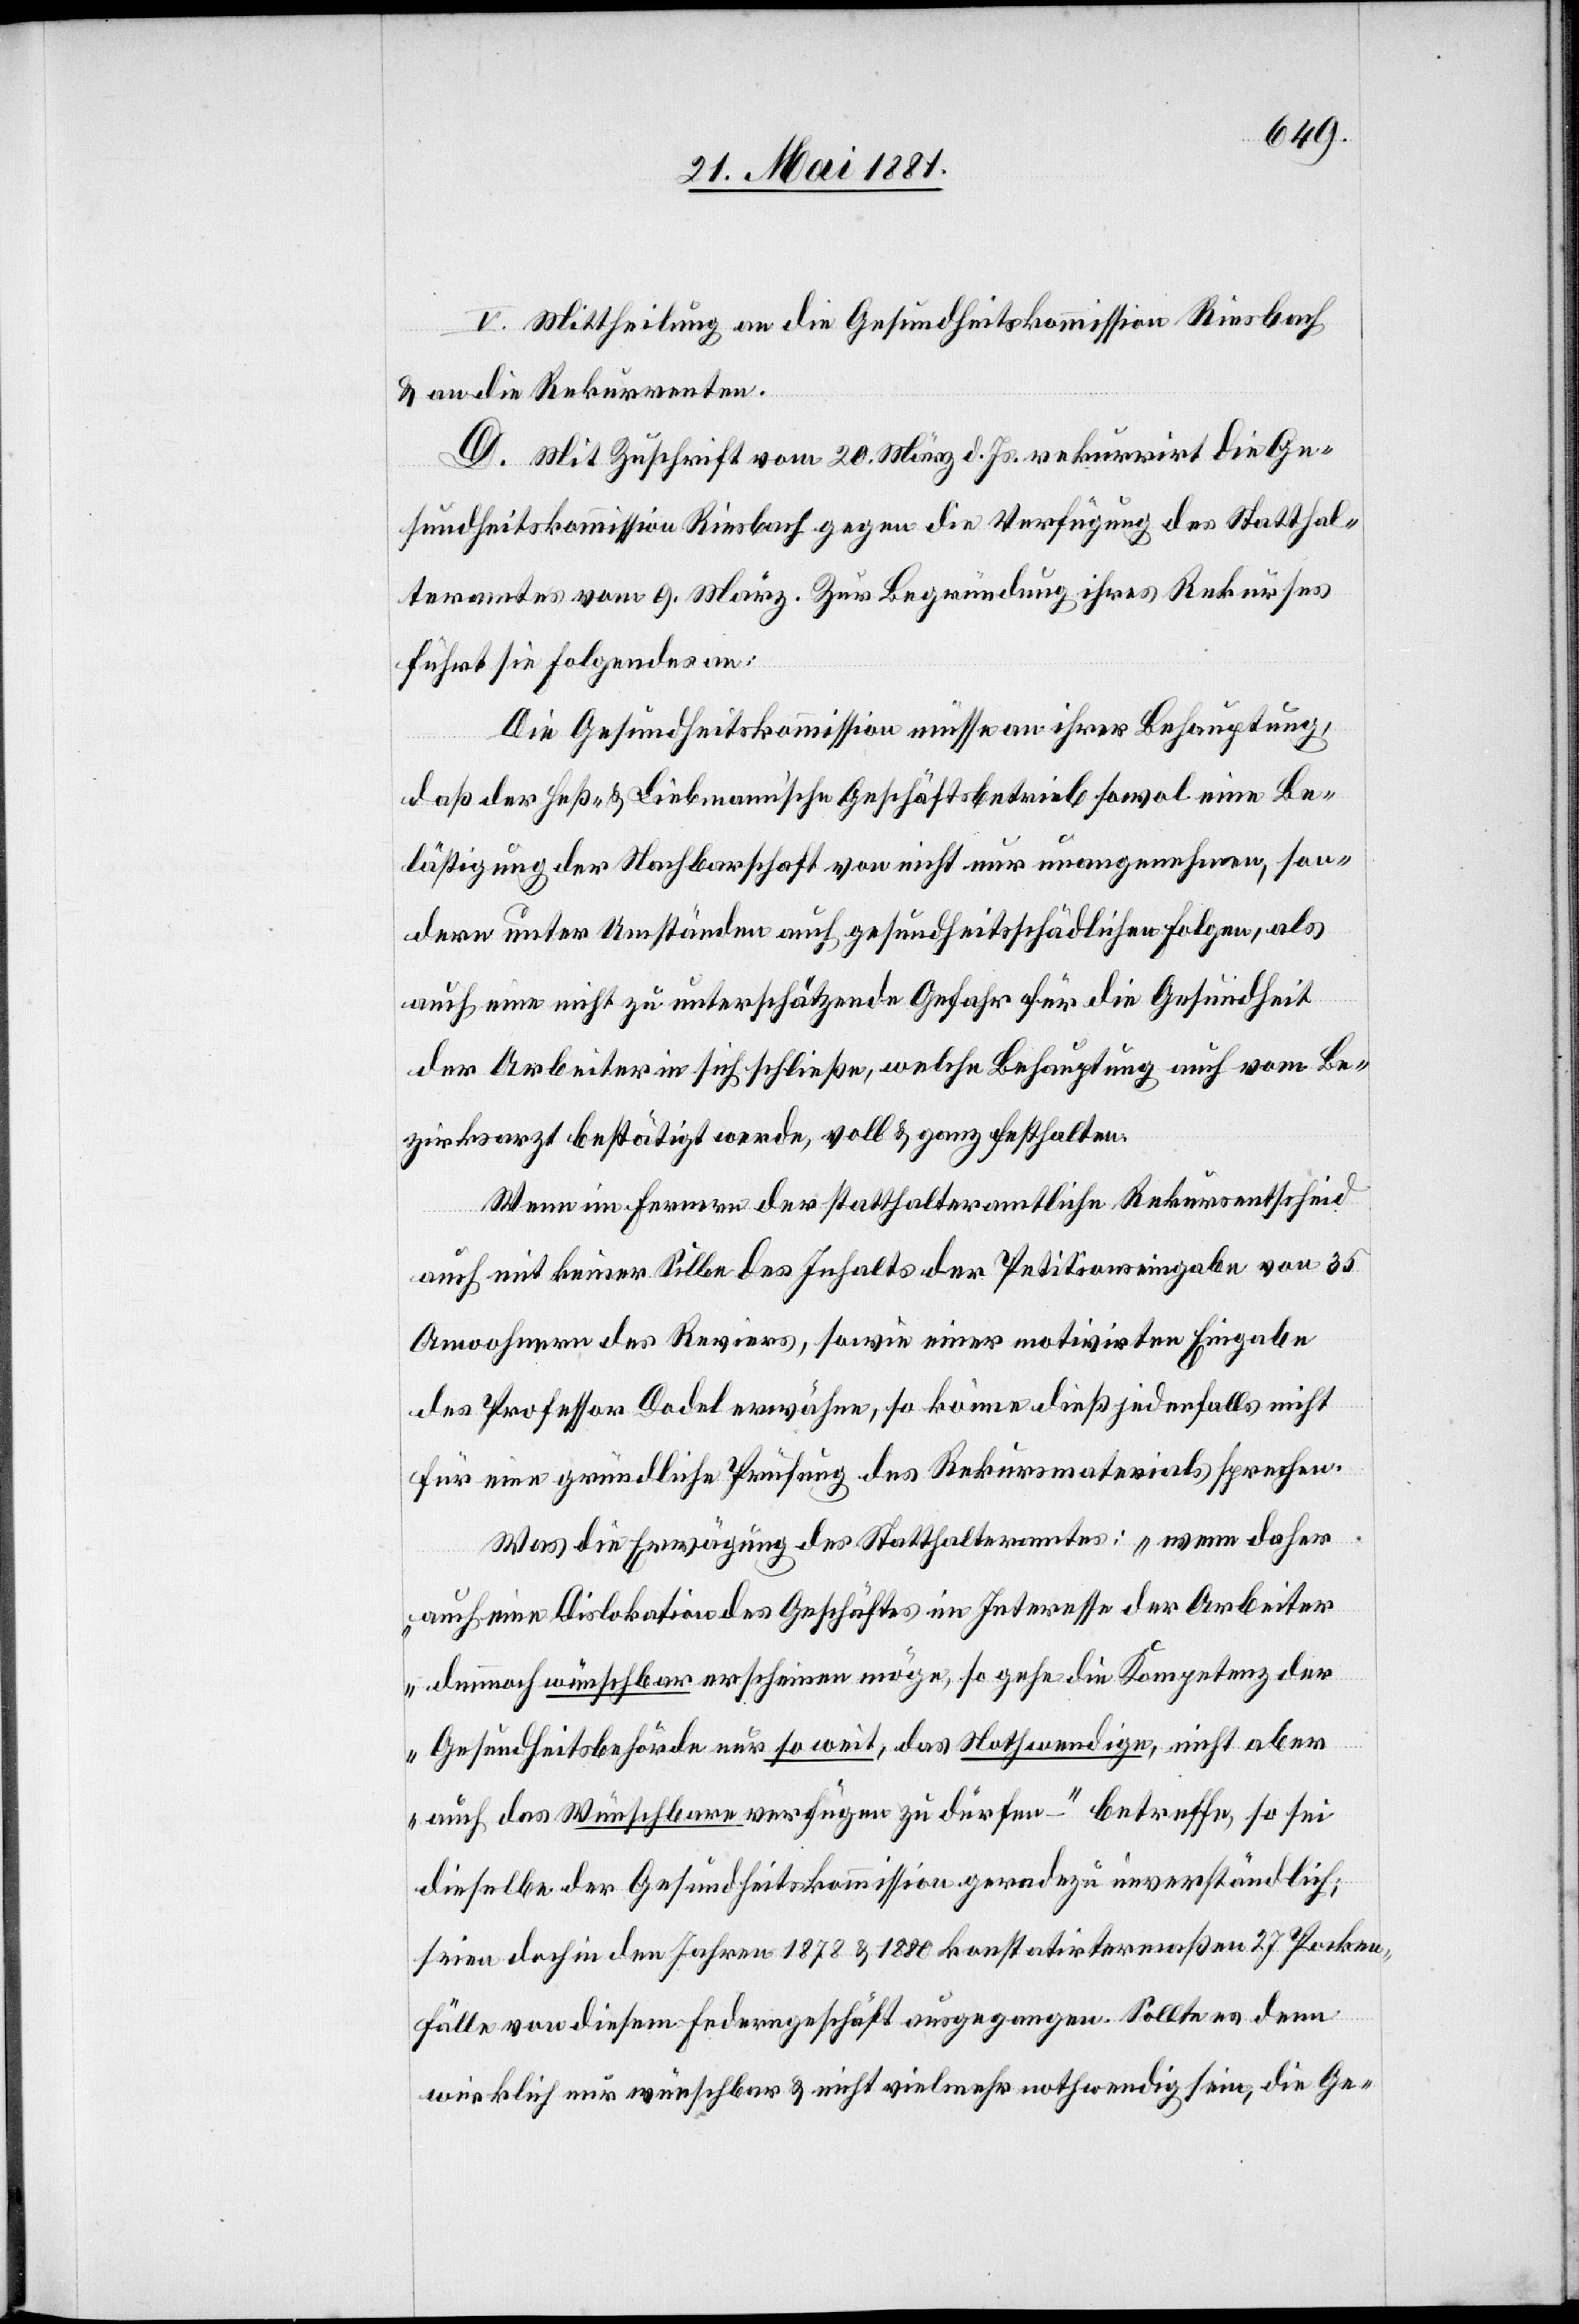
V. Mittheilung an die Gesundheitskommission Riesbach
& an die Rekurrenten.
D. Mit Zuschrift vom 20. März d. Js. rekurrirt die Ge¬
sundheitskommission Riesbach gegen die Verfügung des Statthal¬
teramtes vom 9. März. Zur Begründung ihres Rekurses
führt sie folgendes an:
Die Gesundheitskommission müsse an ihrer Behauptung,
daß der Heß- & Liebmann’sche Geschäftsbetrieb sowol eine Be¬
lästigung der Nachbarschaft von nicht nur unangenehmen, son¬
dern unter Umständen auch gesundheitsschädlichen Folgen, als
auch eine nicht zu unterschätzende Gefahr für die Gesundheit
der Arbeiter in sich schließe, welche Behauptung auch vom Be¬
zirksarzt bestätigt werde, voll & ganz festhalten.
Wenn im Fernern der statthalteramtliche Rekursentscheid
auch mit keiner Silbe des Inhalts der Petitionseingabe von 35
Anwohnern des Reviers, sowie einer motivirten Eingabe
des Professor Dodel erwähne, so könne dieß jedenfalls nicht
für eine gründliche Prüfung des Rekursmaterials sprechen.
Was die Erwägung des Statthalteramtes: „wenn daher
auch eine Dislokation des Geschäftes im Interesse der Arbeiter
demnach wünschbar erscheinen möge, so gehe die Kompetenz der
Gesundheitsbehörde nur so weit, das Nothwendige, nicht aber
auch das Wünschbare verfügen zu dürfen–„ betreffe, so sei
dieselbe der Gesundheitskommission geradezu unverständlich;
seien doch in den Jahren 1878 & 1880 konstatirtermaßen 27 Pocken¬
fälle von diesem Federgeschäft ausgegangen. Sollte es denn
wirklich nur wünschbar & nicht vielmehr nothwendig sein, die Ge-